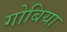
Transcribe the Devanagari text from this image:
गोबिया